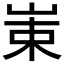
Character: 𱛩